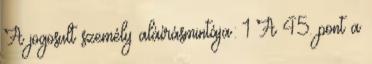
A jogosult személy aláírásmintája: 1 A 45. pont a